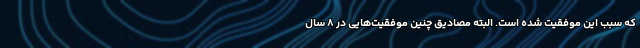
که سبب این موفقیت شده است. البته مصادیق چنین موفقیت‌هایی در ۸ سال